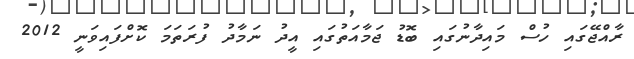
ރާއްޖޭގައި ހުސް މައިދާނުގައި ބޮޑު ޖަމާއަތުގައި އީދު ނަމާދު ފުރަތަމަ ކޮށްފައިވަނީ 2012